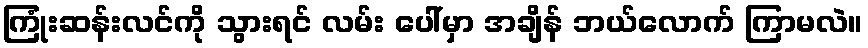
ကြုံးဆန်းလင်ကို သွားရင် လမ်း ပေါ်မှာ အချိန် ဘယ်လောက် ကြာမလဲ။